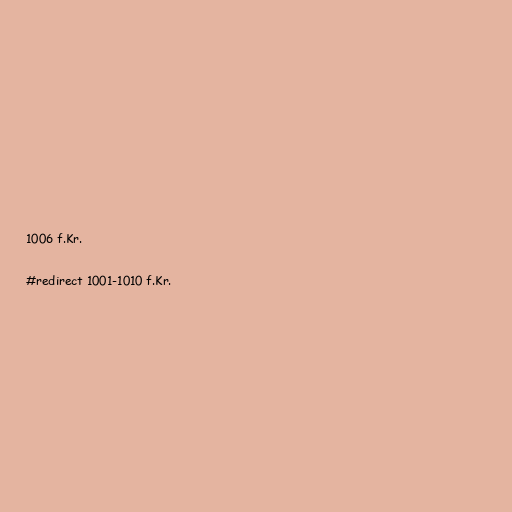
1006 f.Kr.

#redirect 1001-1010 f.Kr.